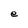
Character: e